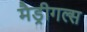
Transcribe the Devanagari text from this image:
मैड्रीगल्स